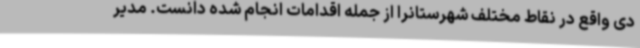
دی واقع در نقاط مختلف شهرستانرا از جمله اقدامات انجام شده دانست. مدیر